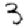
Digit: 3